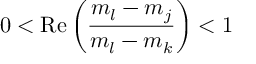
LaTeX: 0 < \mathrm { R e } \left( \frac { m _ { l } - m _ { j } } { m _ { l } - m _ { k } } \right) < 1